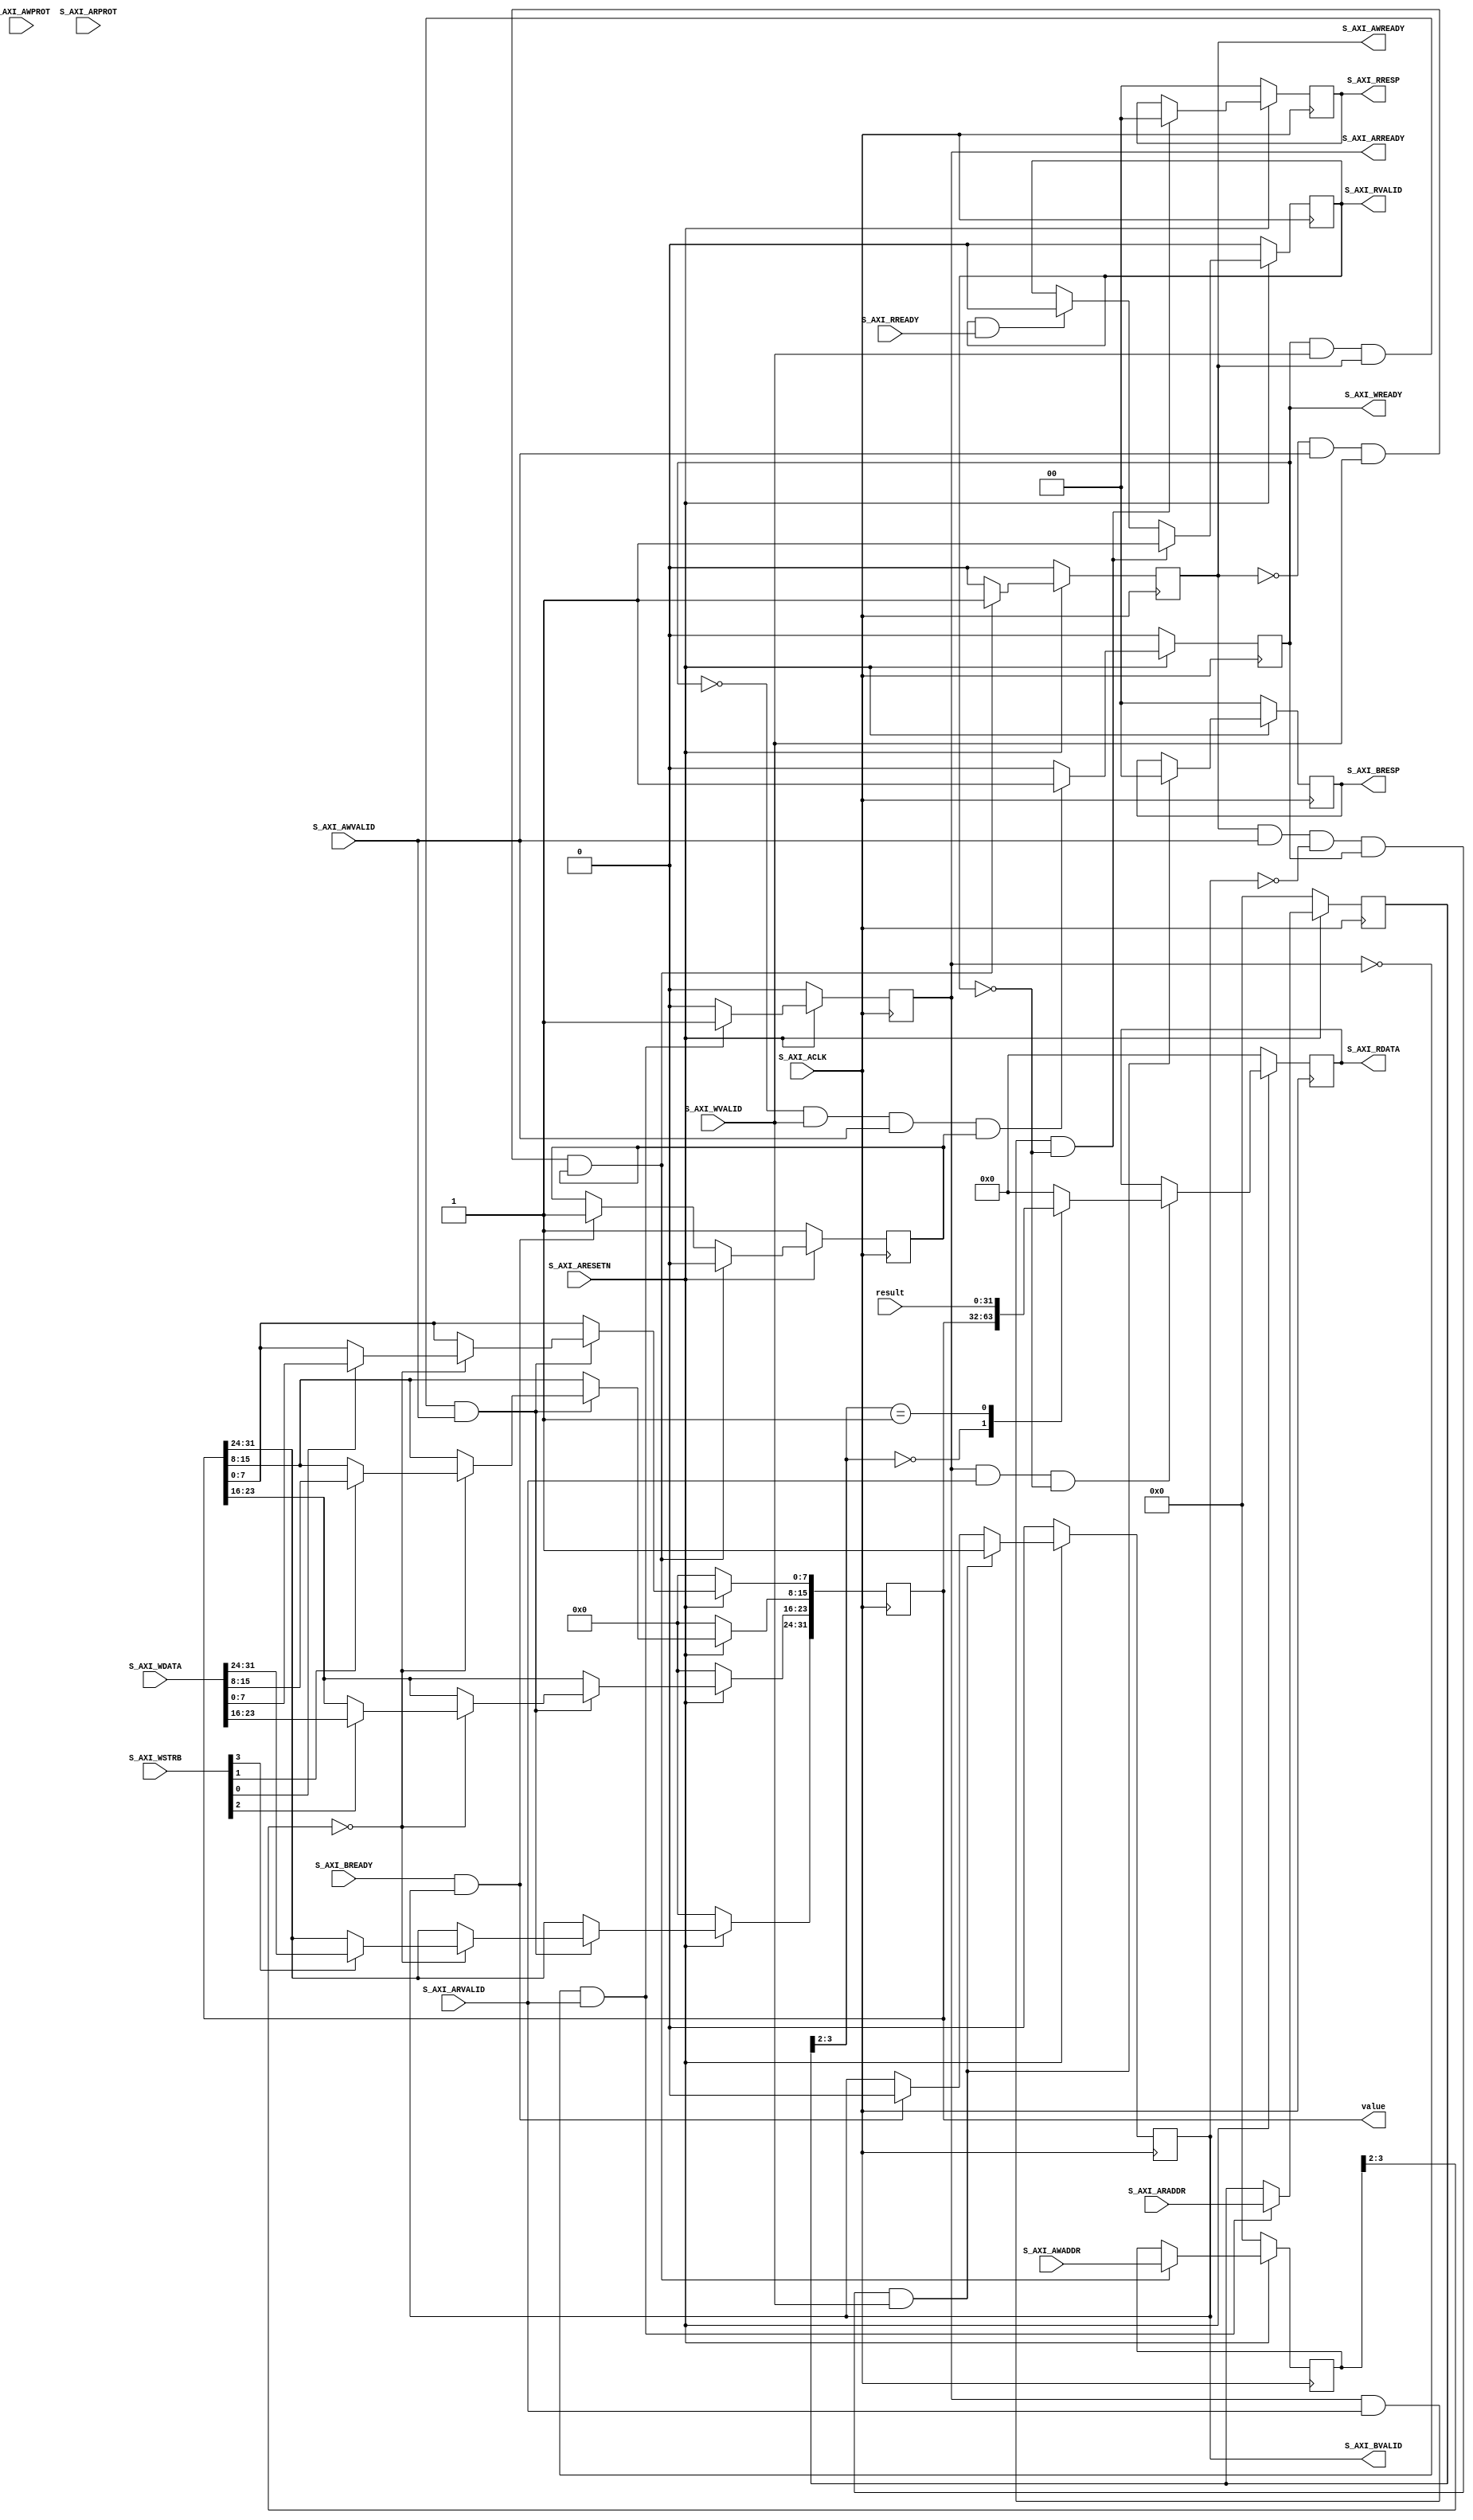

`timescale 1 ns / 1 ps

	module nes_axi #
	(
		// Width of S_AXI data bus
		parameter integer C_S_AXI_DATA_WIDTH	= 32,
		// Width of S_AXI address bus
		parameter integer C_S_AXI_ADDR_WIDTH	= 4
	)
	(
		// Users to add ports here
		output [31:0] value,	// this is value at register[0]
		input [31:0] result,	// this is exposed at register[1]

		// User ports ends

		// Global Clock Signal
		input wire  S_AXI_ACLK,
		// Global Reset Signal. This Signal is Active LOW
		input wire  S_AXI_ARESETN,
		// Write address (issued by master, acceped by Slave)
		input wire [C_S_AXI_ADDR_WIDTH-1 : 0] S_AXI_AWADDR,
		// Write channel Protection type. This signal indicates the
    		// privilege and security level of the transaction, and whether
    		// the transaction is a data access or an instruction access.
		input wire [2 : 0] S_AXI_AWPROT,
		// Write address valid. This signal indicates that the master signaling
    		// valid write address and control information.
		input wire  S_AXI_AWVALID,
		// Write address ready. This signal indicates that the slave is ready
    		// to accept an address and associated control signals.
		output wire  S_AXI_AWREADY,
		// Write data (issued by master, acceped by Slave) 
		input wire [C_S_AXI_DATA_WIDTH-1 : 0] S_AXI_WDATA,
		// Write strobes. This signal indicates which byte lanes hold
    		// valid data. There is one write strobe bit for each eight
    		// bits of the write data bus.    
		input wire [(C_S_AXI_DATA_WIDTH/8)-1 : 0] S_AXI_WSTRB,
		// Write valid. This signal indicates that valid write
    		// data and strobes are available.
		input wire  S_AXI_WVALID,
		// Write ready. This signal indicates that the slave
    		// can accept the write data.
		output wire  S_AXI_WREADY,
		// Write response. This signal indicates the status
    		// of the write transaction.
		output wire [1 : 0] S_AXI_BRESP,
		// Write response valid. This signal indicates that the channel
    		// is signaling a valid write response.
		output wire  S_AXI_BVALID,
		// Response ready. This signal indicates that the master
    		// can accept a write response.
		input wire  S_AXI_BREADY,
		// Read address (issued by master, acceped by Slave)
		input wire [C_S_AXI_ADDR_WIDTH-1 : 0] S_AXI_ARADDR,
		// Protection type. This signal indicates the privilege
    		// and security level of the transaction, and whether the
    		// transaction is a data access or an instruction access.
		input wire [2 : 0] S_AXI_ARPROT,
		// Read address valid. This signal indicates that the channel
    		// is signaling valid read address and control information.
		input wire  S_AXI_ARVALID,
		// Read address ready. This signal indicates that the slave is
    		// ready to accept an address and associated control signals.
		output wire  S_AXI_ARREADY,
		// Read data (issued by slave)
		output wire [C_S_AXI_DATA_WIDTH-1 : 0] S_AXI_RDATA,
		// Read response. This signal indicates the status of the
    		// read transfer.
		output wire [1 : 0] S_AXI_RRESP,
		// Read valid. This signal indicates that the channel is
    		// signaling the required read data.
		output wire  S_AXI_RVALID,
		// Read ready. This signal indicates that the master can
    		// accept the read data and response information.
		input wire  S_AXI_RREADY
	);

	// AXI4LITE signals
	reg [C_S_AXI_ADDR_WIDTH-1 : 0] 	axi_awaddr;
	reg  	axi_awready;
	reg  	axi_wready;
	reg [1 : 0] 	axi_bresp;
	reg  	axi_bvalid;
	reg [C_S_AXI_ADDR_WIDTH-1 : 0] 	axi_araddr;
	reg  	axi_arready;
	reg [C_S_AXI_DATA_WIDTH-1 : 0] 	axi_rdata;
	reg [1 : 0] 	axi_rresp;
	reg  	axi_rvalid;

	// Example-specific design signals
	// local parameter for addressing 32 bit / 64 bit C_S_AXI_DATA_WIDTH
	// ADDR_LSB is used for addressing 32/64 bit registers/memories
	// ADDR_LSB = 2 for 32 bits (n downto 2)
	// ADDR_LSB = 3 for 64 bits (n downto 3)
	localparam integer ADDR_LSB = (C_S_AXI_DATA_WIDTH/32) + 1;
	localparam integer OPT_MEM_ADDR_BITS = 1;
	//----------------------------------------------
	//-- Signals for user logic register space example
	//------------------------------------------------
	//-- Number of Slave Registers 4
	reg [C_S_AXI_DATA_WIDTH-1:0]	slv_reg0;
	// reg [C_S_AXI_DATA_WIDTH-1:0]	slv_reg1;
	// reg [C_S_AXI_DATA_WIDTH-1:0]	slv_reg2;
	// reg [C_S_AXI_DATA_WIDTH-1:0]	slv_reg3;
	wire	 slv_reg_rden;
	wire	 slv_reg_wren;
	reg [C_S_AXI_DATA_WIDTH-1:0]	 reg_data_out;
	integer	 byte_index;
	reg	 aw_en;

	// I/O Connections assignments

	assign S_AXI_AWREADY	= axi_awready;
	assign S_AXI_WREADY	= axi_wready;
	assign S_AXI_BRESP	= axi_bresp;
	assign S_AXI_BVALID	= axi_bvalid;
	assign S_AXI_ARREADY	= axi_arready;
	assign S_AXI_RDATA	= axi_rdata;
	assign S_AXI_RRESP	= axi_rresp;
	assign S_AXI_RVALID	= axi_rvalid;
	// Implement axi_awready generation
	// axi_awready is asserted for one S_AXI_ACLK clock cycle when both
	// S_AXI_AWVALID and S_AXI_WVALID are asserted. axi_awready is
	// de-asserted when reset is low.

	always @( posedge S_AXI_ACLK )
	begin
	  if ( S_AXI_ARESETN == 1'b0 )
	    begin
	      axi_awready <= 1'b0;
	      aw_en <= 1'b1;
	    end 
	  else
	    begin    
	      if (~axi_awready && S_AXI_AWVALID && S_AXI_WVALID && aw_en)
	        begin
	          // slave is ready to accept write address when 
	          // there is a valid write address and write data
	          // on the write address and data bus. This design 
	          // expects no outstanding transactions. 
	          axi_awready <= 1'b1;
	          aw_en <= 1'b0;
	        end
	        else if (S_AXI_BREADY && axi_bvalid)
	            begin
	              aw_en <= 1'b1;
	              axi_awready <= 1'b0;
	            end
	      else           
	        begin
	          axi_awready <= 1'b0;
	        end
	    end 
	end       

	// Implement axi_awaddr latching
	// This process is used to latch the address when both 
	// S_AXI_AWVALID and S_AXI_WVALID are valid. 

	always @( posedge S_AXI_ACLK )
	begin
	  if ( S_AXI_ARESETN == 1'b0 )
	    begin
	      axi_awaddr <= 0;
	    end 
	  else
	    begin    
	      if (~axi_awready && S_AXI_AWVALID && S_AXI_WVALID && aw_en)
	        begin
	          // Write Address latching 
	          axi_awaddr <= S_AXI_AWADDR;
	        end
	    end 
	end       

	// Implement axi_wready generation
	// axi_wready is asserted for one S_AXI_ACLK clock cycle when both
	// S_AXI_AWVALID and S_AXI_WVALID are asserted. axi_wready is 
	// de-asserted when reset is low. 

	always @( posedge S_AXI_ACLK )
	begin
	  if ( S_AXI_ARESETN == 1'b0 )
	    begin
	      axi_wready <= 1'b0;
	    end 
	  else
	    begin    
	      if (~axi_wready && S_AXI_WVALID && S_AXI_AWVALID && aw_en )
	        begin
	          // slave is ready to accept write data when 
	          // there is a valid write address and write data
	          // on the write address and data bus. This design 
	          // expects no outstanding transactions. 
	          axi_wready <= 1'b1;
	        end
	      else
	        begin
	          axi_wready <= 1'b0;
	        end
	    end 
	end       

	// Implement memory mapped register select and write logic generation
	// The write data is accepted and written to memory mapped registers when
	// axi_awready, S_AXI_WVALID, axi_wready and S_AXI_WVALID are asserted. Write strobes are used to
	// select byte enables of slave registers while writing.
	// These registers are cleared when reset (active low) is applied.
	// Slave register write enable is asserted when valid address and data are available
	// and the slave is ready to accept the write address and write data.
	assign slv_reg_wren = axi_wready && S_AXI_WVALID && axi_awready && S_AXI_AWVALID;

	always @( posedge S_AXI_ACLK )
	begin
	  if ( S_AXI_ARESETN == 1'b0 )
	    begin
	      slv_reg0 <= 0;
	    //   slv_reg1 <= 0;
	    //   slv_reg2 <= 0;
	    //   slv_reg3 <= 0;
	    end 
	  else begin
	    if (slv_reg_wren)
	      begin
	        case ( axi_awaddr[ADDR_LSB+OPT_MEM_ADDR_BITS:ADDR_LSB] )
	          2'h0:
	            for ( byte_index = 0; byte_index <= (C_S_AXI_DATA_WIDTH/8)-1; byte_index = byte_index+1 )
	              if ( S_AXI_WSTRB[byte_index] == 1 ) begin
	                slv_reg0[(byte_index*8) +: 8] <= S_AXI_WDATA[(byte_index*8) +: 8];
	              end  
	          default : begin
	                      slv_reg0 <= slv_reg0;
	                    //   slv_reg1 <= slv_reg1;
	                    //   slv_reg2 <= slv_reg2;
	                    //   slv_reg3 <= slv_reg3;
	                    end
	        endcase
	      end
	  end
	end    

	// Implement write response logic generation
	// The write response and response valid signals are asserted by the slave 
	// when axi_wready, S_AXI_WVALID, axi_wready and S_AXI_WVALID are asserted.  
	// This marks the acceptance of address and indicates the status of 
	// write transaction.

	always @( posedge S_AXI_ACLK )
	begin
	  if ( S_AXI_ARESETN == 1'b0 )
	    begin
	      axi_bvalid  <= 0;
	      axi_bresp   <= 2'b0;
	    end 
	  else
	    begin    
	      if (axi_awready && S_AXI_AWVALID && ~axi_bvalid && axi_wready && S_AXI_WVALID)
	        begin
	          // indicates a valid write response is available
	          axi_bvalid <= 1'b1;
	          axi_bresp  <= 2'b0; // 'OKAY' response 
	        end                   // work error responses in future
	      else
	        begin
	          if (S_AXI_BREADY && axi_bvalid) 
	            //check if bready is asserted while bvalid is high) 
	            //(there is a possibility that bready is always asserted high)   
	            begin
	              axi_bvalid <= 1'b0; 
	            end  
	        end
	    end
	end   

	// Implement axi_arready generation
	// axi_arready is asserted for one S_AXI_ACLK clock cycle when
	// S_AXI_ARVALID is asserted. axi_awready is 
	// de-asserted when reset (active low) is asserted. 
	// The read address is also latched when S_AXI_ARVALID is 
	// asserted. axi_araddr is reset to zero on reset assertion.

	always @( posedge S_AXI_ACLK )
	begin
	  if ( S_AXI_ARESETN == 1'b0 )
	    begin
	      axi_arready <= 1'b0;
	      axi_araddr  <= 32'b0;
	    end 
	  else
	    begin    
	      if (~axi_arready && S_AXI_ARVALID)
	        begin
	          // indicates that the slave has acceped the valid read address
	          axi_arready <= 1'b1;
	          // Read address latching
	          axi_araddr  <= S_AXI_ARADDR;
	        end
	      else
	        begin
	          axi_arready <= 1'b0;
	        end
	    end 
	end       

	// Implement axi_arvalid generation
	// axi_rvalid is asserted for one S_AXI_ACLK clock cycle when both 
	// S_AXI_ARVALID and axi_arready are asserted. The slave registers 
	// data are available on the axi_rdata bus at this instance. The 
	// assertion of axi_rvalid marks the validity of read data on the 
	// bus and axi_rresp indicates the status of read transaction.axi_rvalid 
	// is deasserted on reset (active low). axi_rresp and axi_rdata are 
	// cleared to zero on reset (active low).  
	always @( posedge S_AXI_ACLK )
	begin
	  if ( S_AXI_ARESETN == 1'b0 )
	    begin
	      axi_rvalid <= 0;
	      axi_rresp  <= 0;
	    end 
	  else
	    begin    
	      if (axi_arready && S_AXI_ARVALID && ~axi_rvalid)
	        begin
	          // Valid read data is available at the read data bus
	          axi_rvalid <= 1'b1;
	          axi_rresp  <= 2'b0; // 'OKAY' response
	        end   
	      else if (axi_rvalid && S_AXI_RREADY)
	        begin
	          // Read data is accepted by the master
	          axi_rvalid <= 1'b0;
	        end                
	    end
	end    

	// Implement memory mapped register select and read logic generation
	// Slave register read enable is asserted when valid address is available
	// and the slave is ready to accept the read address.
	assign slv_reg_rden = axi_arready & S_AXI_ARVALID & ~axi_rvalid;
	always @(*)
	begin
	      // Address decoding for reading registers
	      case ( axi_araddr[ADDR_LSB+OPT_MEM_ADDR_BITS:ADDR_LSB] )
	        2'h0   : reg_data_out <= slv_reg0;
	        2'h1   : reg_data_out <= result;
	        // 2'h2   : reg_data_out <= slv_reg2;
	        // 2'h3   : reg_data_out <= slv_reg3;
	        default : reg_data_out <= 0;
	      endcase
	end

	// Output register or memory read data
	always @( posedge S_AXI_ACLK )
	begin
	  if ( S_AXI_ARESETN == 1'b0 )
	    begin
	      axi_rdata  <= 0;
	    end 
	  else
	    begin    
	      // When there is a valid read address (S_AXI_ARVALID) with 
	      // acceptance of read address by the slave (axi_arready), 
	      // output the read dada 
	      if (slv_reg_rden)
	        begin
	          axi_rdata <= reg_data_out;     // register read data
	        end   
	    end
	end    

	// Add user logic here
	assign value = slv_reg0;

	// User logic ends

	endmodule